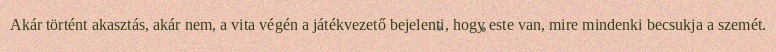
Akár történt akasztás, akár nem, a vita végén a játékvezető bejelenti, hogy este van, mire mindenki becsukja a szemét.